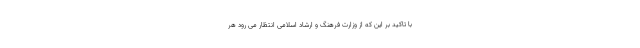
با تاکید بر این که از وزارت فرهنگ و ارشاد اسلامی انتظار می رود هر